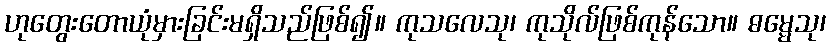
ဟုတွေးတောယုံမှားခြင်းမရှိသည်ဖြစ်၍။ ကုသလေသု၊ ကုသိုလ်ဖြစ်ကုန်သော။ ဓမ္မေသု၊